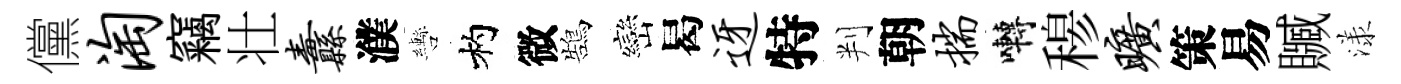
儻淘竊壮纛濮轡杓微鵠巒曷迓特判朝揣囀𥠇旷策易贓漾